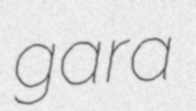
gara